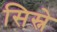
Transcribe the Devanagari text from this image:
सिस्ने